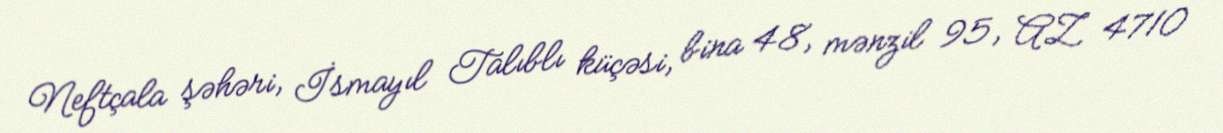
Neftçala şəhəri, İsmayıl Talıblı küçəsi, bina 48, mənzil 95, AZ 4710